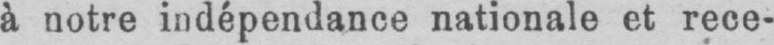
à notre indépendance nationale et rece-